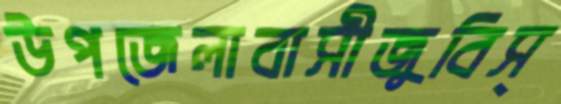
উপজেলাবাসীজুবিস্